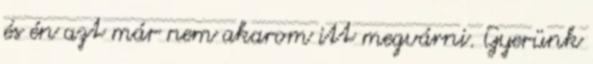
és én azt már nem akarom itt megvárni. Gyerünk